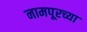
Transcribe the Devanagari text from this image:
नामपूरच्या